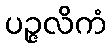
ပဉ္ဇလိကံ